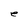
Character: e